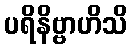
ပရိနိဗ္ဗာဟိသိ